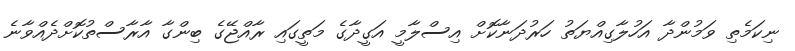
ނިކަމެތި ވަމުންދާ އަހުލާގިއްޔަތު ހަރުދަނާކޮށް އިސްލާމީ އަގީދާގެ މަތީގައި ރާއްޖޭގެ ބިންގާ އާރާސްތުކޮށްދެއްވާނެ